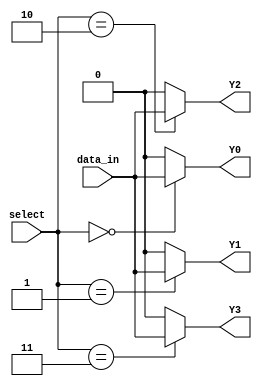
module demux_2to4 (
    input wire [1:0] select,
    input wire data_in,
    output reg Y0,
    output reg Y1,
    output reg Y2,
    output reg Y3
);

assign Y0 = (select == 2'b00) ? data_in : 1'b0;
assign Y1 = (select == 2'b01) ? data_in : 1'b0;
assign Y2 = (select == 2'b10) ? data_in : 1'b0;
assign Y3 = (select == 2'b11) ? data_in : 1'b0;

endmodule